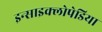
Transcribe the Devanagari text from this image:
इन्साइक्लोपेडिया